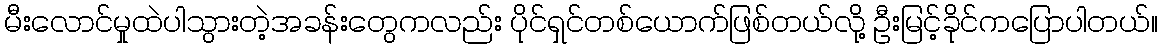
မီးလောင်မှုထဲပါသွားတဲ့အခန်းတွေကလည်း ပိုင်ရှင်တစ်ယောက်ဖြစ်တယ်လို့ ဦးမြင့်ခိုင်ကပြောပါတယ်။